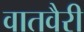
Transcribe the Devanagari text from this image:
वातवैरी